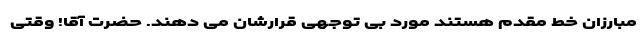
مبارزان خط مقدم هستند مورد بی توجهی قرارشان می دهند. حضرت آقا! وقتی